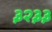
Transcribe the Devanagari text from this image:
३२३३